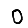
Digit: 0